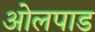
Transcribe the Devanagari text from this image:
ओलपाड